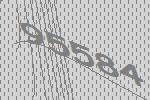
95584